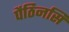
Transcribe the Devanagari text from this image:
पैठिनसि